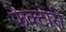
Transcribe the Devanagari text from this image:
फेक्टोरी